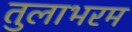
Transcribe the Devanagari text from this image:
तुलाभरम